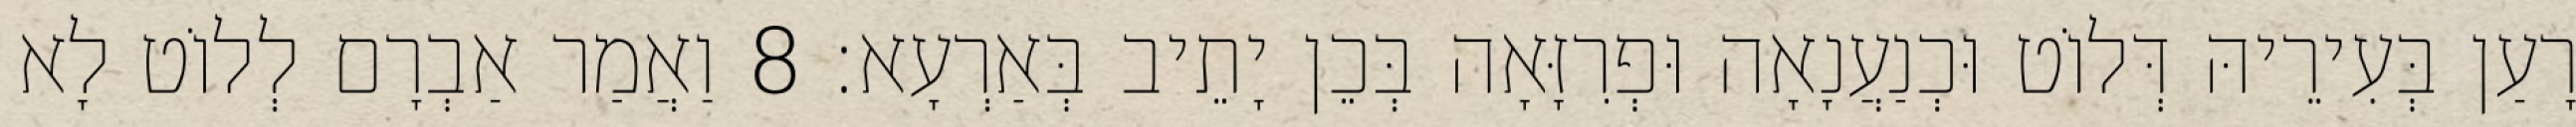
רָעַן בְּעִירֵיהּ דְּלוֹט וּכְנַעֲנָאָה וּפְרִזָּאָה בְּכֵן יָתֵיב בְּאַרְעָא׃ 8 וַאֲמַר אַבְרָם לְלוֹט לָא